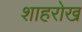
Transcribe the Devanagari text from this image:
शाहरोख